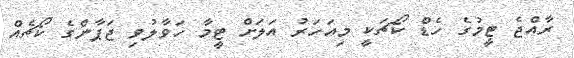
ރާއްޖެ ޓީމުގެ ހެޑް ކޯޗަކީ މިއަހަރު އަލަށް ޓީމާ ހަވާލުވި ޖަޕާންގެ ކޯޗެއް